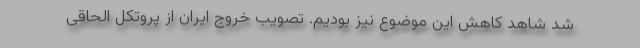
شد شاهد کاهش این موضوع نیز بودیم. تصویب خروج ایران از پروتکل الحاقی